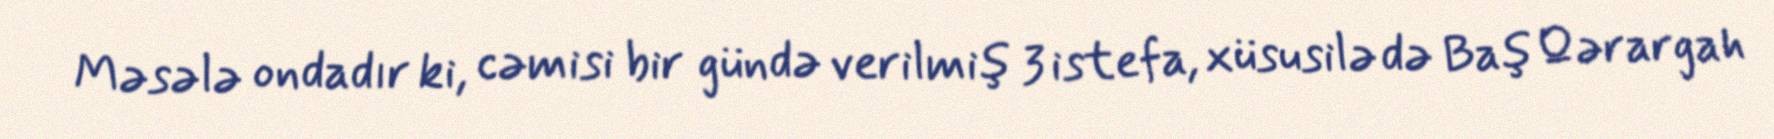
Məsələ ondadır ki, cəmisi bir gündə verilmiş 3 istefa, xüsusilə də Baş Qərargah